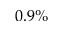
0 . 9 \%